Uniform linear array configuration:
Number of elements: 48
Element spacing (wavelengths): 0.5
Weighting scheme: uniform
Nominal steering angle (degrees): -45
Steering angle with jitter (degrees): -45.554
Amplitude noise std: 0.05
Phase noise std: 0.05

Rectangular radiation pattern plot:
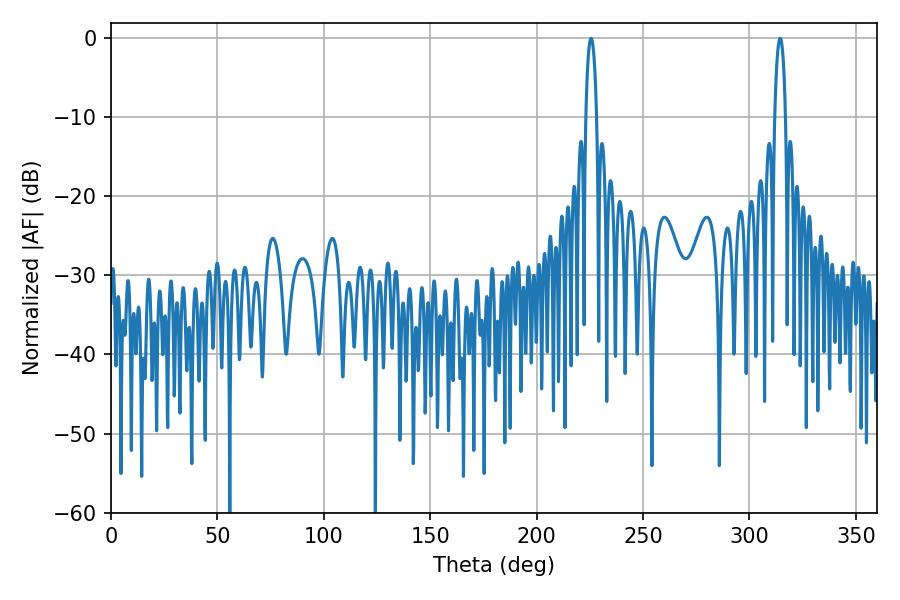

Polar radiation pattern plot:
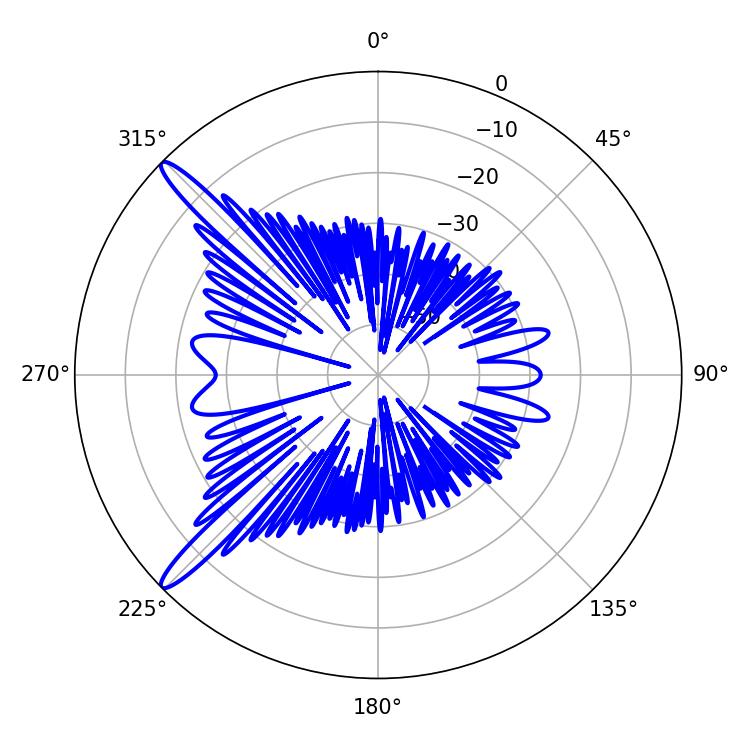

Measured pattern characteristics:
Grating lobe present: FALSE
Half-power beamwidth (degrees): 2.88
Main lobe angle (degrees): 225.54